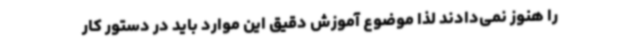
را هنوز نمی‌دادند لذا موضوع آموزش دقیق این موارد باید در دستور کار